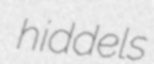
hiddels